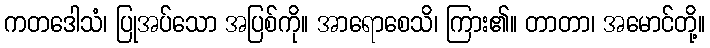
ကတဒေါသံ၊ ပြုအပ်သော အပြစ်ကို။ အာရောစေသိ၊ ကြား၏။ တာတာ၊ အမောင်တို့။